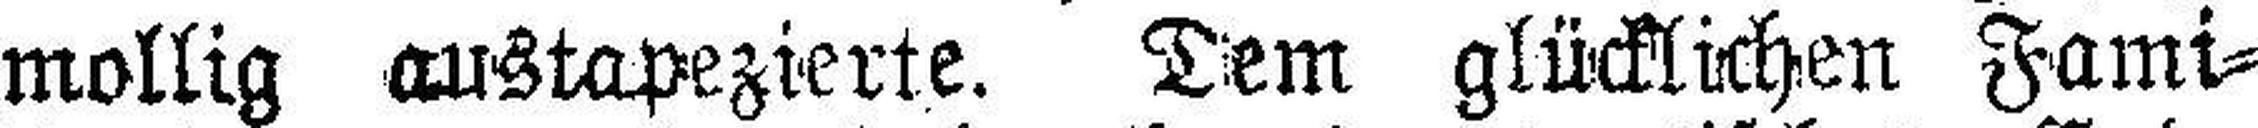
mollig austapezierte. Dem glücklichen Fami¬